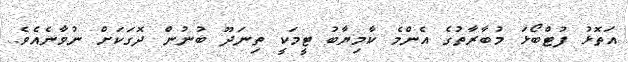
އަތޮޅު ފުޓްބޯޅަ މުބާރާތުގެ އެންމެ ކާމިޔާބު ޓީމަކީ ތިނަދޫ ބުނުން ދޮގަކަށް ނުވާނެއެެވެ.